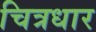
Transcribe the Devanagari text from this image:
चित्रधार